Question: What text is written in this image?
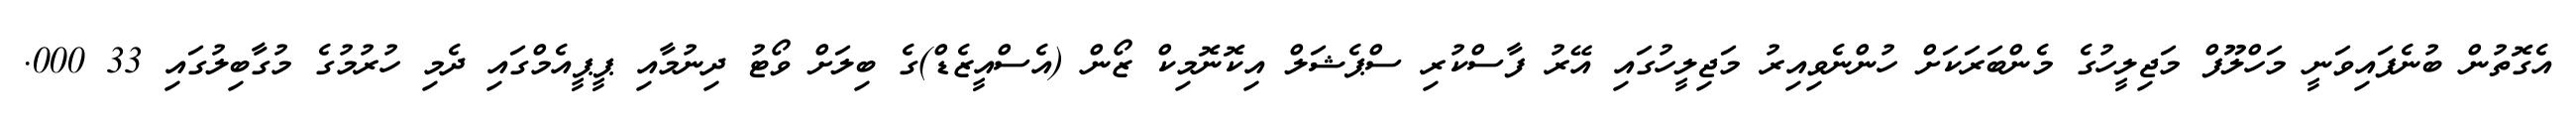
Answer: އެގޮތުން ބުނެފައިވަނީ މަހްލޫފް މަޖިލީހުގެ މެންބަރަކަށް ހުންނެވިއިރު މަޖިލީހުގައި އޭރު ފާސްކުރި ސްޕެޝަލް އިކޮނޮމިކް ޒޯން (އެސްއީޒެޑް)ގެ ބިލަށް ވޯޓު ދިނުމާއި ޕީޕީއެމްގައި ދެމި ހުރުމުގެ މުގާބިލުގައި 33 000.